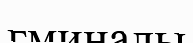
гминалы